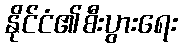
နိုင်ငံ၏စီးပွားရေး